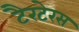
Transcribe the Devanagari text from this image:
टैरटेरस